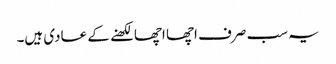
یہ سب صرف اچھا اچھا لکھنے کے عادی ہیں۔